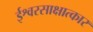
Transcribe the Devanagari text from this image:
ईश्वरसाक्षात्कार